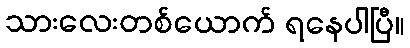
သားလေးတစ်ယောက် ရနေပါပြီ။